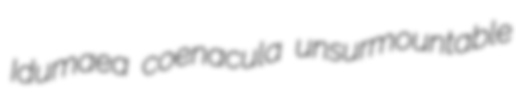
Idumaea coenacula unsurmountable